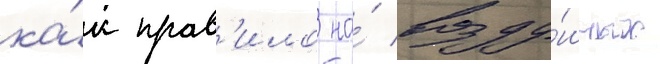
ка́к прав'ило на́ возду́шных